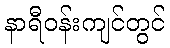
နာရီဝန်းကျင်တွင်